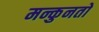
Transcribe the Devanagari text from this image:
मन्कुनतो